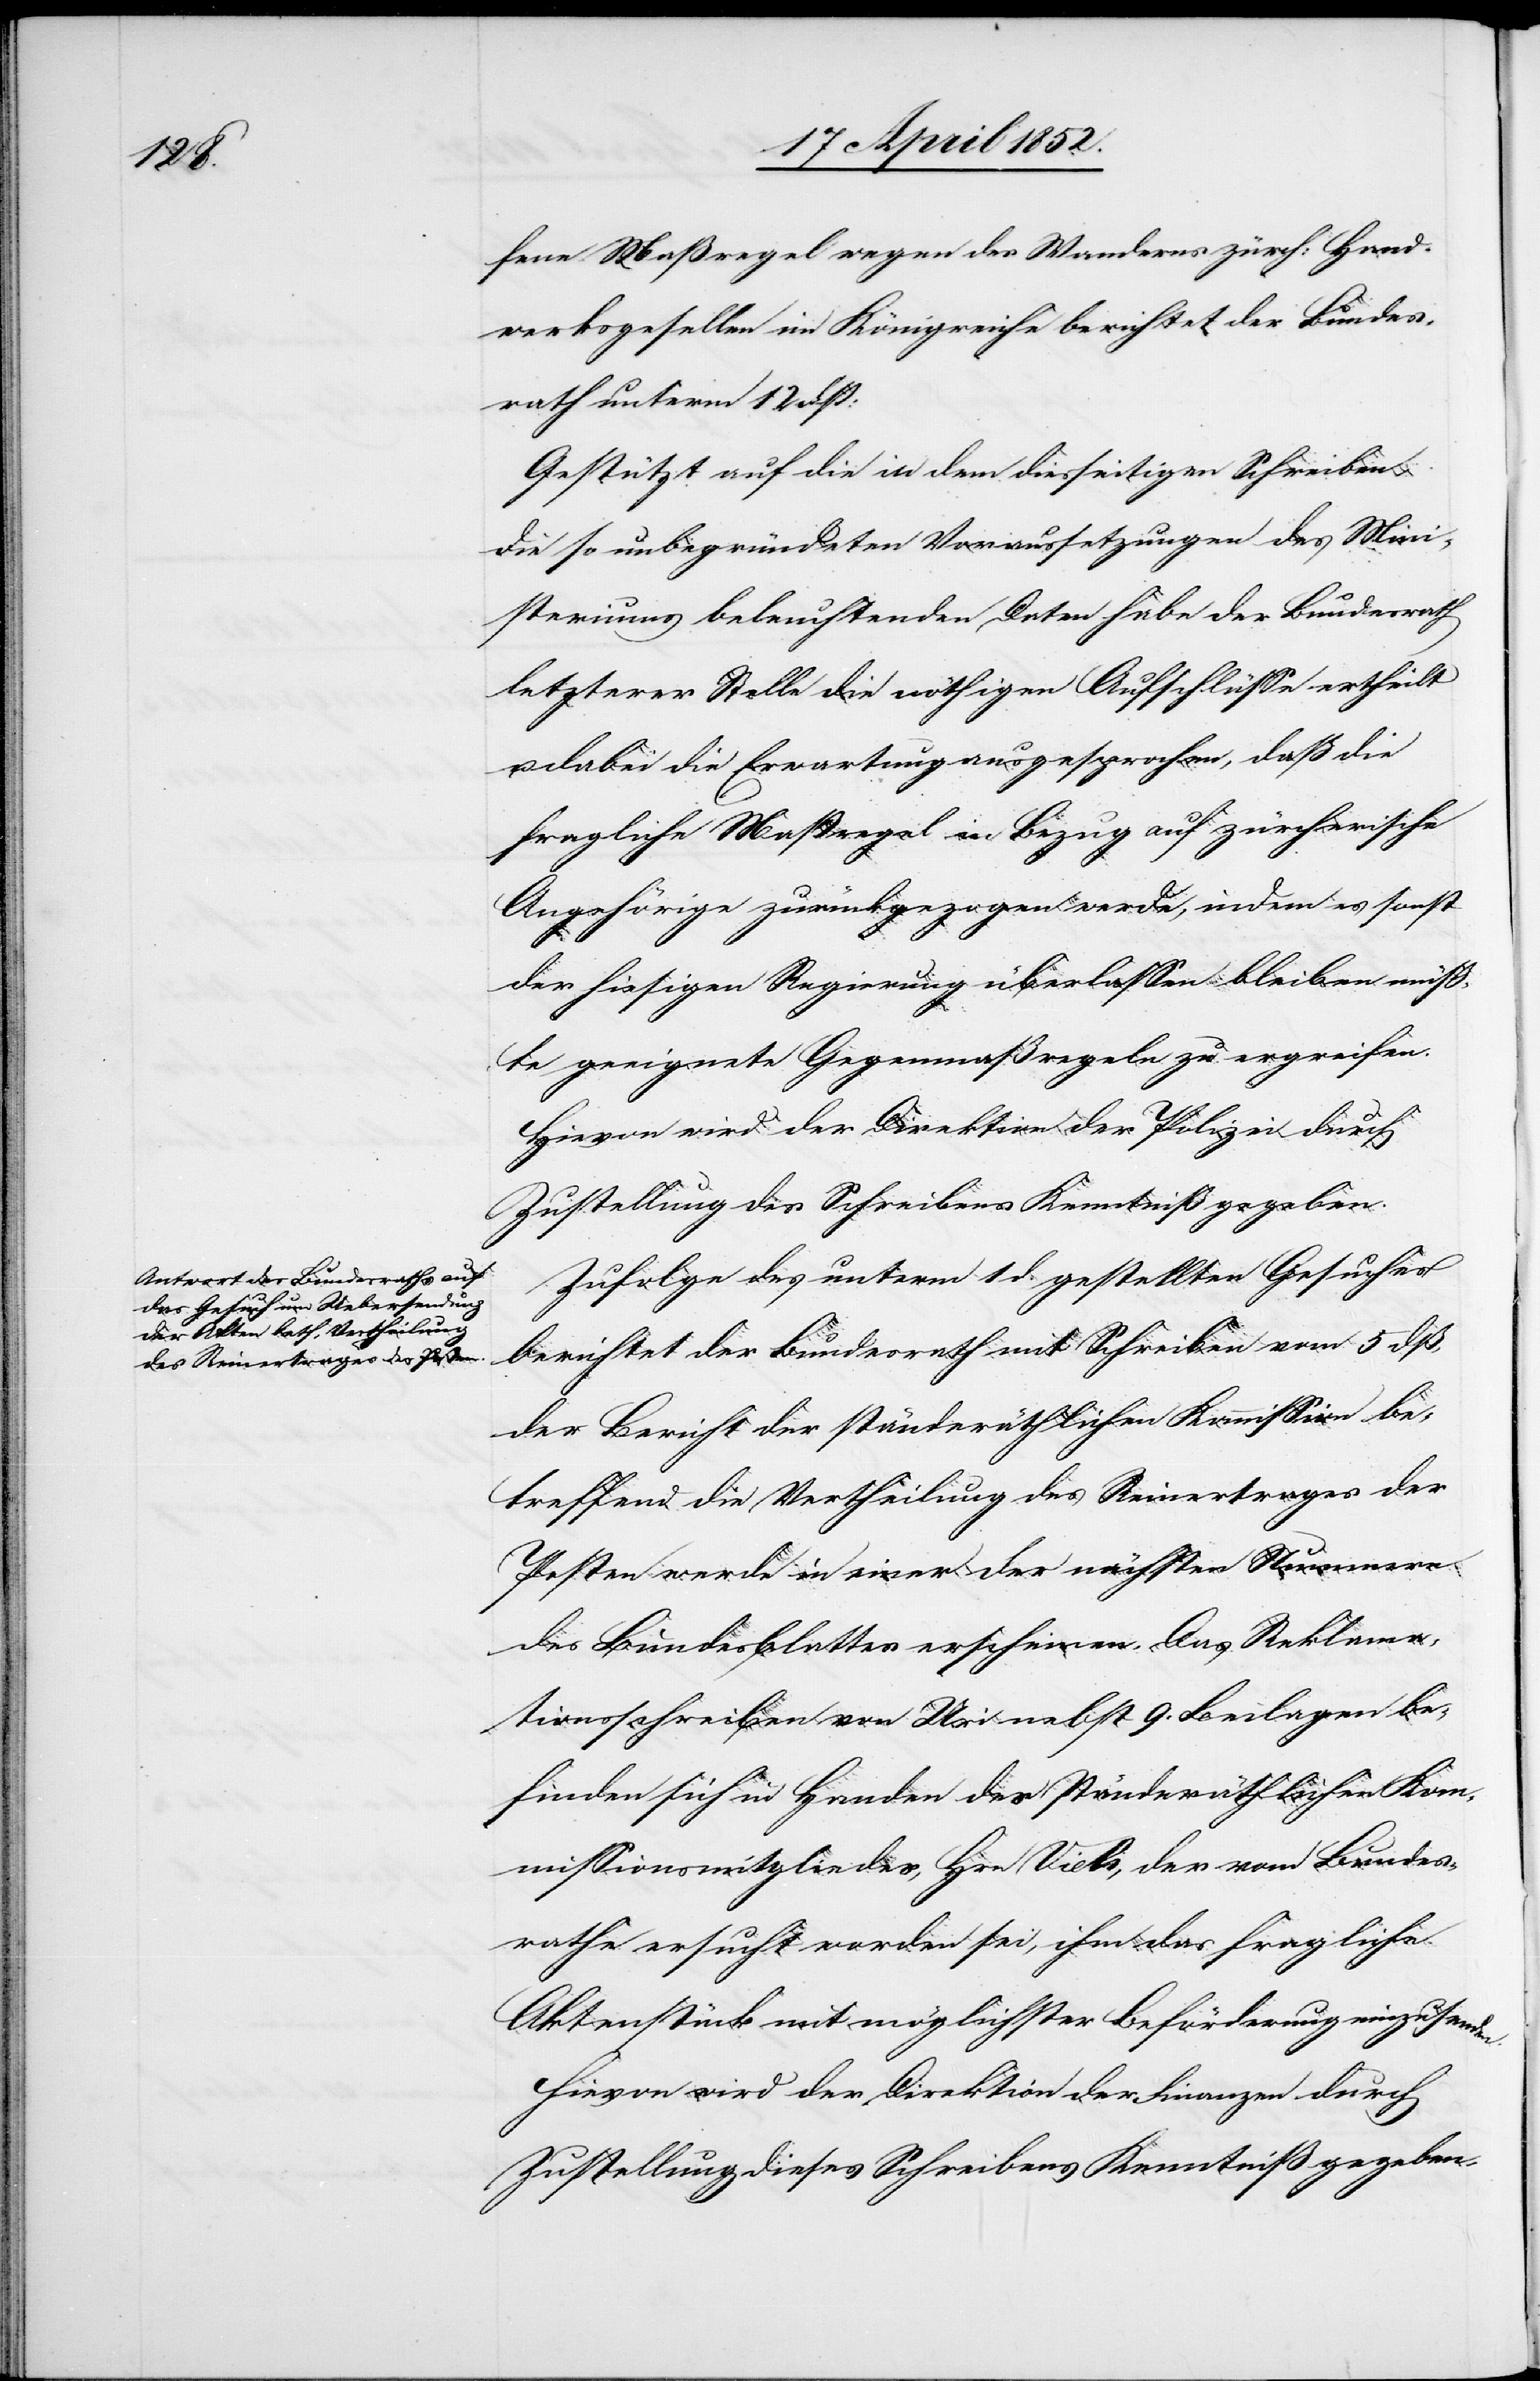
fene Maßregel wegen des Wanderns zürch: Hand¬
werksgesellen im Königreiche berichtet der Bundes¬
rath unterm 12 dß:
Gestützt auf die in dem diesseitigen Schreiben
die so unbegründeten Voraussetzungen des Mini¬
steriums beleuchtenden Daten habe der Bundesrath
letzterer Stelle die nöthigen Aufschlüsse ertheilt
dabei die Erwartung ausgesprochen, daß die
fragliche Maßregel in Bezug auf zürcherische
Angehörige zurückgezogen werde, indem es sonst
der hiesigen Regierung überlassen bleiben müss¬
te geeignete Gegenmaßregeln zu ergreifen.
Hievon wird der Direktion der Polizei durch
Zustellung des Schreibens Kenntniß gegeben.
Zufolge des unterm 1 d. gestellten Gesuches
berichtet der Bundesrath mit Schreiben vom 5 dß,
der Bericht der ständeräthlichen Kommission be¬
treffend die Vertheilung des Reinertrages der
Posten werde in einer der nächsten Nummern
des Bundesblattes erscheinen. Das Reklama¬
tionsschreiben von Uri nebst 9. Beilagen be¬
finden sich in Handen des ständeräthlichen Kom¬
missionsmitgliedes, Hrn Vieli, der vom Bundes¬
rathe ersucht worden sei, ihm das fragliche
Aktenstück mit möglichster Beförderung einzusenden.
Hievon wird der Direktion der Finanzen durch
Zustellung dieses Schreibens Kenntniß gegeben.